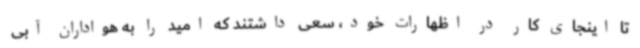
تا اینجای کار در اظهارات خود،‌ سعی داشتند که امید را به هواداران آبی‌